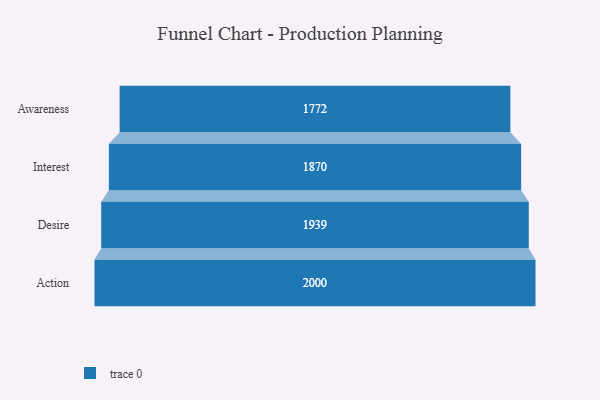
{"axis": {"x": "Stage", "y": "Value"}, "legend": [""], "data": [{"x": "Awareness", "y": 1772.0, "type": ""}, {"x": "Interest", "y": 1870.0, "type": ""}, {"x": "Desire", "y": 1939.0, "type": ""}, {"x": "Action", "y": 2000, "type": ""}]}